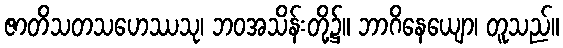
ဇာတိသတသဟေဿသု၊ ဘဝအသိန်းတို့၌။ ဘာဂိနေယျော၊ တူသည်။